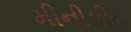
મીનીકીટ